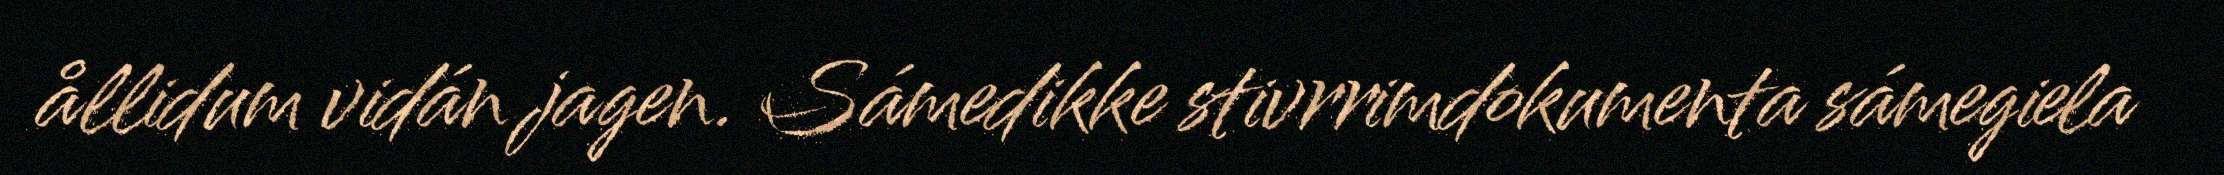
ållidum vidán jagen. Sámedikke stivrrimdokumenta sámegiela